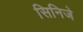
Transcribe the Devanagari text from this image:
सिनिजे